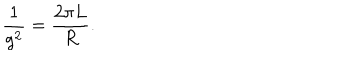
\frac { 1 } { g ^ { 2 } } = \frac { 2 \pi L } { R } .